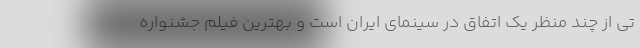
تی از چند منظر یک اتفاق در سینمای ایران است و بهترین فیلم جشنواره